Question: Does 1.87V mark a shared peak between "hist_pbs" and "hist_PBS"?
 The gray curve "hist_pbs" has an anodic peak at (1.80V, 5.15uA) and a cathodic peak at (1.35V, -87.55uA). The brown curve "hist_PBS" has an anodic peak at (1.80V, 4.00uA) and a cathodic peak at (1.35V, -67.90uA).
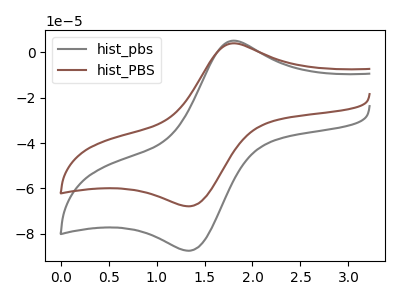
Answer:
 <answer>No, "hist_pbs" and "hist_PBS" dont share a peak at 1.87V.</answer>
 <eval>mismatch</eval>